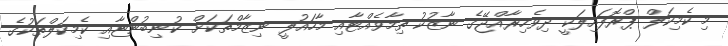
މި ކެމިކަލް ޕްރޮފައިލަކީ ދިވެހިރާއްޖޭގެ ނާޒުކު ތިމާވެއްޓާއި މާހައުލީ ނިޒާމްތަކަށް ކުނިބުންޏާއި ކެމިކަލްތަކުގެ